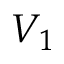
V _ { 1 }